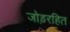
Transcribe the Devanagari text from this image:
जोड़रहित